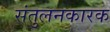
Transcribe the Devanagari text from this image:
संतुलनकारक